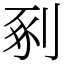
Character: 剢